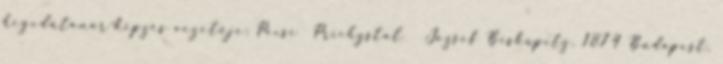
hegedűtanár-képzés vezetője; Pécsi Prichystal József Biskupitz, 1874 Budapest,